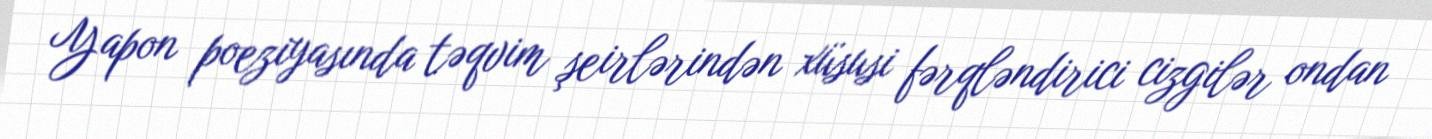
Yapon poeziyasında təqvim şeirlərindən xüsusi fərqləndirici cizgilər ondan